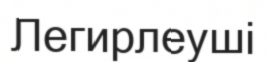
Легирлеуші